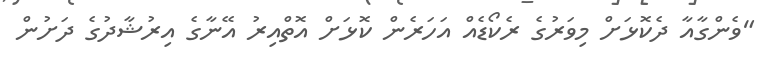
"ވެންގާއާ ދެކޮޅަށް މިވަރުގެ ރެކޯޑެއް އަހަރެން ކޮޅަށް އޮތްއިރު އޭނާގެ އިރުޝާދުގެ ދަށުން